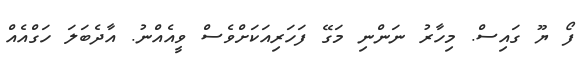
ފޯ ޔޫ ގައިސް. މިހާރު ނަންނި މަގޭ ފަހަރިއަކަށްވެސް ވީއެއްނު. އާދެބަލަ ހަގްއެއް